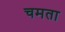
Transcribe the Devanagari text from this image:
चमता